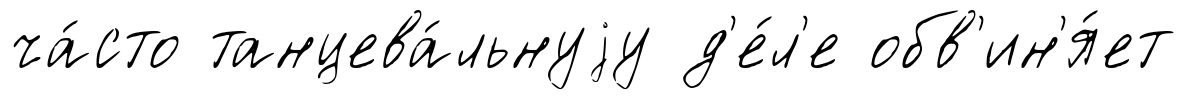
ча́сто танцева́льнуjу д'е́л'е обв'ин'я́ет